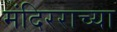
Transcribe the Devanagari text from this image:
मंदिरराच्या